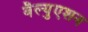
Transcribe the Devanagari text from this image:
वैल्युएशन